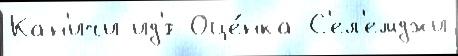
Кан'ичи ид'́т Оце́нка С'ел'емджи